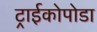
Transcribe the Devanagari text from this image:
ट्राईकोपोडा